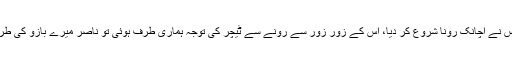
وہ تو ناصر ہمارے پیچھے بیٹھا تھا اس نے اچانک رونا شروع کر دیا، اس کے زور زور سے رونے سے ٹیچر کی توجہ ہماری طرف ہوئی تو ناصر میرے بازو کی طرف اشارہ کر کے اور زیادہ رونے لگا۔